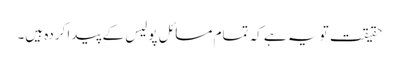
حقیقت تو یہ ہے کہ تمام مسائل پولیس کے پیدا کردہ ہیں۔